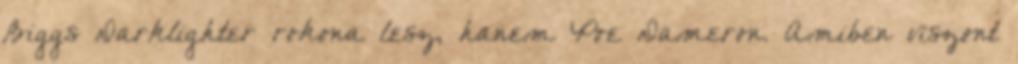
Biggs Darklighter rokona lesz, hanem Poe Dameron. Amiben viszont